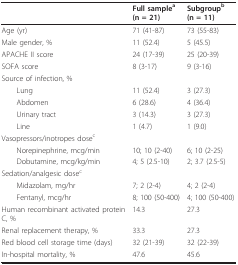
<table><thead><tr><td></td><td><b>Full sample<sup>a</sup>(n = 21)</b></td><td><b>Subgroup<sup>b</sup>(n = 11)</b></td></tr></thead><tbody><tr><td>Age (yr)</td><td>71 (41-87)</td><td>73 (55-83)</td></tr><tr><td>Male gender, %</td><td>11 (52.4)</td><td>5 (45.5)</td></tr><tr><td>APACHE II score</td><td>24 (17-39)</td><td>25 (20-39)</td></tr><tr><td>SOFA score</td><td>8 (3-17)</td><td>9 (3-16)</td></tr><tr><td>Source of infection, %</td><td></td><td></td></tr><tr><td> Lung</td><td>11 (52.4)</td><td>3 (27.3)</td></tr><tr><td> Abdomen</td><td>6 (28.6)</td><td>4 (36.4)</td></tr><tr><td> Urinary tract</td><td>3 (14.3)</td><td>3 (27.3)</td></tr><tr><td> Line</td><td>1 (4.7)</td><td>1 (9.0)</td></tr><tr><td>Vasopressors/inotropes dose<sup>c</sup></td><td></td><td></td></tr><tr><td> Norepinephrine, mcg/min</td><td>10; 10 (2-40)</td><td>6; 10 (2-25)</td></tr><tr><td> Dobutamine, mcg/kg/min</td><td>4; 5 (2.5-10)</td><td>2; 3.7 (2.5-5)</td></tr><tr><td>Sedation/analgesic dose<sup>c</sup></td><td></td><td></td></tr><tr><td> Midazolam, mg/hr</td><td>7; 2 (2-4)</td><td>4; 2 (2-4)</td></tr><tr><td> Fentanyl, mcg/hr</td><td>8; 100 (50-400)</td><td>4; 100(50-400)</td></tr><tr><td>Human recombinant activated protein C, %</td><td>14.3</td><td>27.3</td></tr><tr><td>Renal replacement therapy, %</td><td>33.3</td><td>27.3</td></tr><tr><td>Red blood cell storage time (days)</td><td>32 (21-39)</td><td>32 (22-39)</td></tr><tr><td>In-hospital mortality, %</td><td>47.6</td><td>45.6</td></tr></tbody></table>